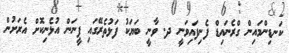
ކަނޑިންމައިން ގްރެނައިޑް ފެނިފައިވަނީ ދ. ވާނީ ބަޔަކު ފަޅުތެރޭގައި ފީނަން އުޅެނިކޮށް އެރަށުން